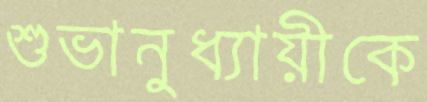
শুভানুধ্যায়ীকে